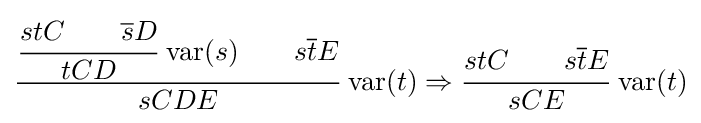
{\cfrac {{\cfrac {stC\qquad {\overline {s}}D}{tCD}}\,\operatorname {var} (s)\qquad s{\overline {t}}E}{sCDE}}\,\operatorname {var} (t)\Rightarrow {\cfrac {stC\qquad s{\overline {t}}E}{sCE}}\,\operatorname {var} (t)